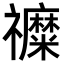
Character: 𮂦